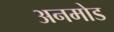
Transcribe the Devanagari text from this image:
अनमोड